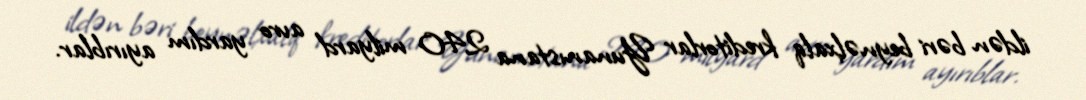
ildən bəri beynəlxalq kreditorlar Yunanıstana 240 milyard avro yardım ayırıblar.